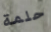
حلمة